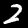
Digit: 2